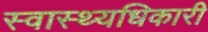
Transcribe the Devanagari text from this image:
स्वास्थ्यधिकारी